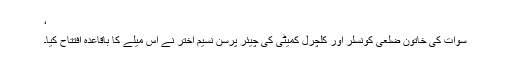
‘
سوات کی خاتون ضلعی کونسلر اور کلچرل کمیٹی کی چیئر پرسن نسیم اختر نے اس میلے کا باقاعدہ افتتاح کیا۔